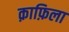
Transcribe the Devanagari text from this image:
क़ाफ़िला